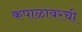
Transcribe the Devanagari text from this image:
कपाळावरची